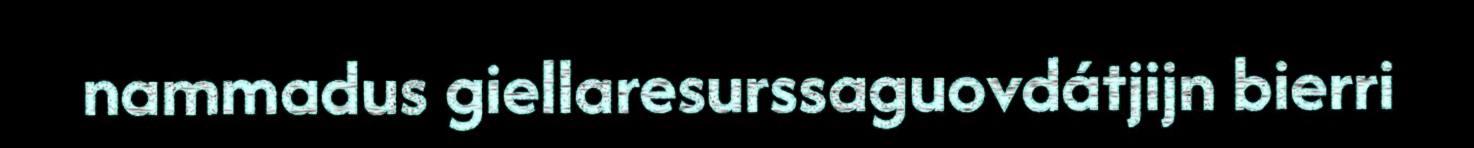
nammadus giellaresurssaguovdátjijn bierri